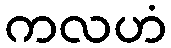
ကလဟံ